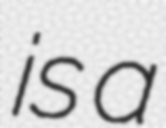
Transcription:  is a